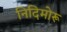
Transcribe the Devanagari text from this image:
निदिमोरू